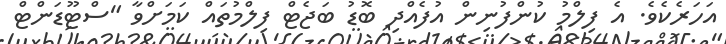
އަހަރެކެވެ. އެ ފިލްމު ކުންފުނިން އުފެއްދި ބޮޑު ބަޖެޓް ފިލްމުތައް ކަމަށްވާ "ސްޓޫޑަންޓް